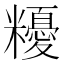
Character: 𥽟